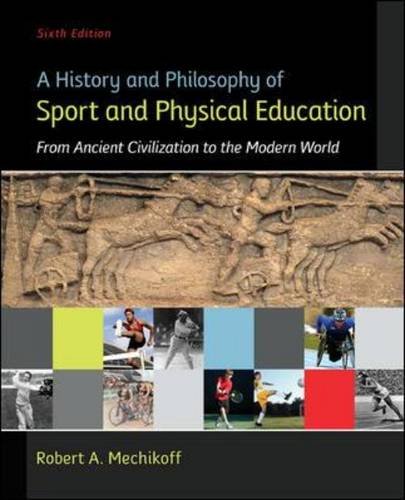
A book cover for A History and Philosophy of Sport and Physical Education: From Ancient Civilizations to the Modern World; Robert Mechikoff; Sports & Outdoors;